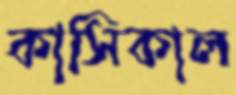
কাসিকাল